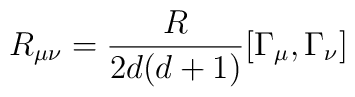
R_{\mu\nu}=\frac{R}{2d(d+1)}[\Gamma_\mu,\Gamma_\nu]